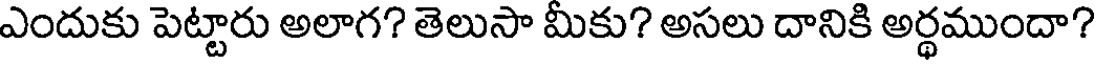
ఎందుకు పెట్టారు అలాగ? తెలుసా మీకు? అసలు దానికి అర్థముందా?